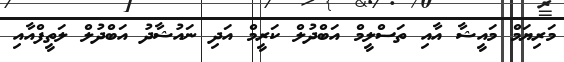
މަރިޔަމް މައީޝާ އާއި ތަސްލީމް އަބްދުލް ކަރީމް އަދި ނައުޝާދު އަބްދުލް ލަތީފްއާއި